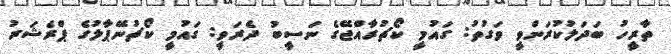
ތާރީހު ބަދަލުކުރަންވީ ވަގުތު: ގައުމީ ކޯޗުރާއްޖޭގެ ނަސީބު ދެރަވީ: ގައުމީ ކޯޗުނޭޕާލުގެ ޕްރެޝަރު